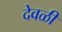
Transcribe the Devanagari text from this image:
देवळीं